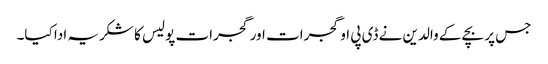
جس پر بچے کے والدین نے ڈی پی او گجرات اور گجرات پولیس کا شکریہ ادا کیا۔